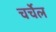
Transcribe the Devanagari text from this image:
चर्चेल